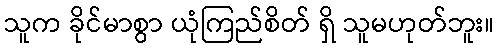
သူက ခိုင်မာစွာ ယုံကြည်စိတ် ရှိ သူမဟုတ်ဘူး။